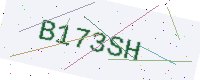
Text: B173SH